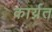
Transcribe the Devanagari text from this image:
कार्य्रत